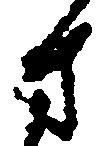
方